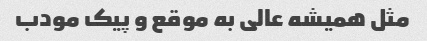
مثل همیشه عالی به موقع و پیک مودب